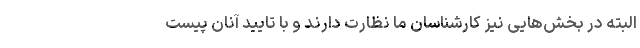
البته در بخش‌هایی نیز کارشناسان ما نظارت دارند و با تایید آنان پیست